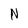
Character: N